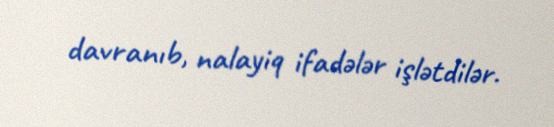
davranıb, nalayiq ifadələr işlətdilər.